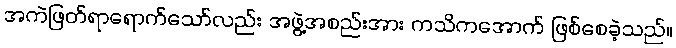
အကဲဖြတ်ရာရောက်သော်လည်း အဖွဲ့အစည်းအား ကသိကအောက် ဖြစ်စေခဲ့သည်။